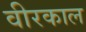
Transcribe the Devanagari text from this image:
वीरकाल